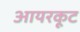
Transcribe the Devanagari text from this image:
आयरकूट